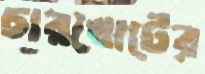
চারখোটের